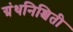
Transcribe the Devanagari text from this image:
ग्रंथनिश्चिती